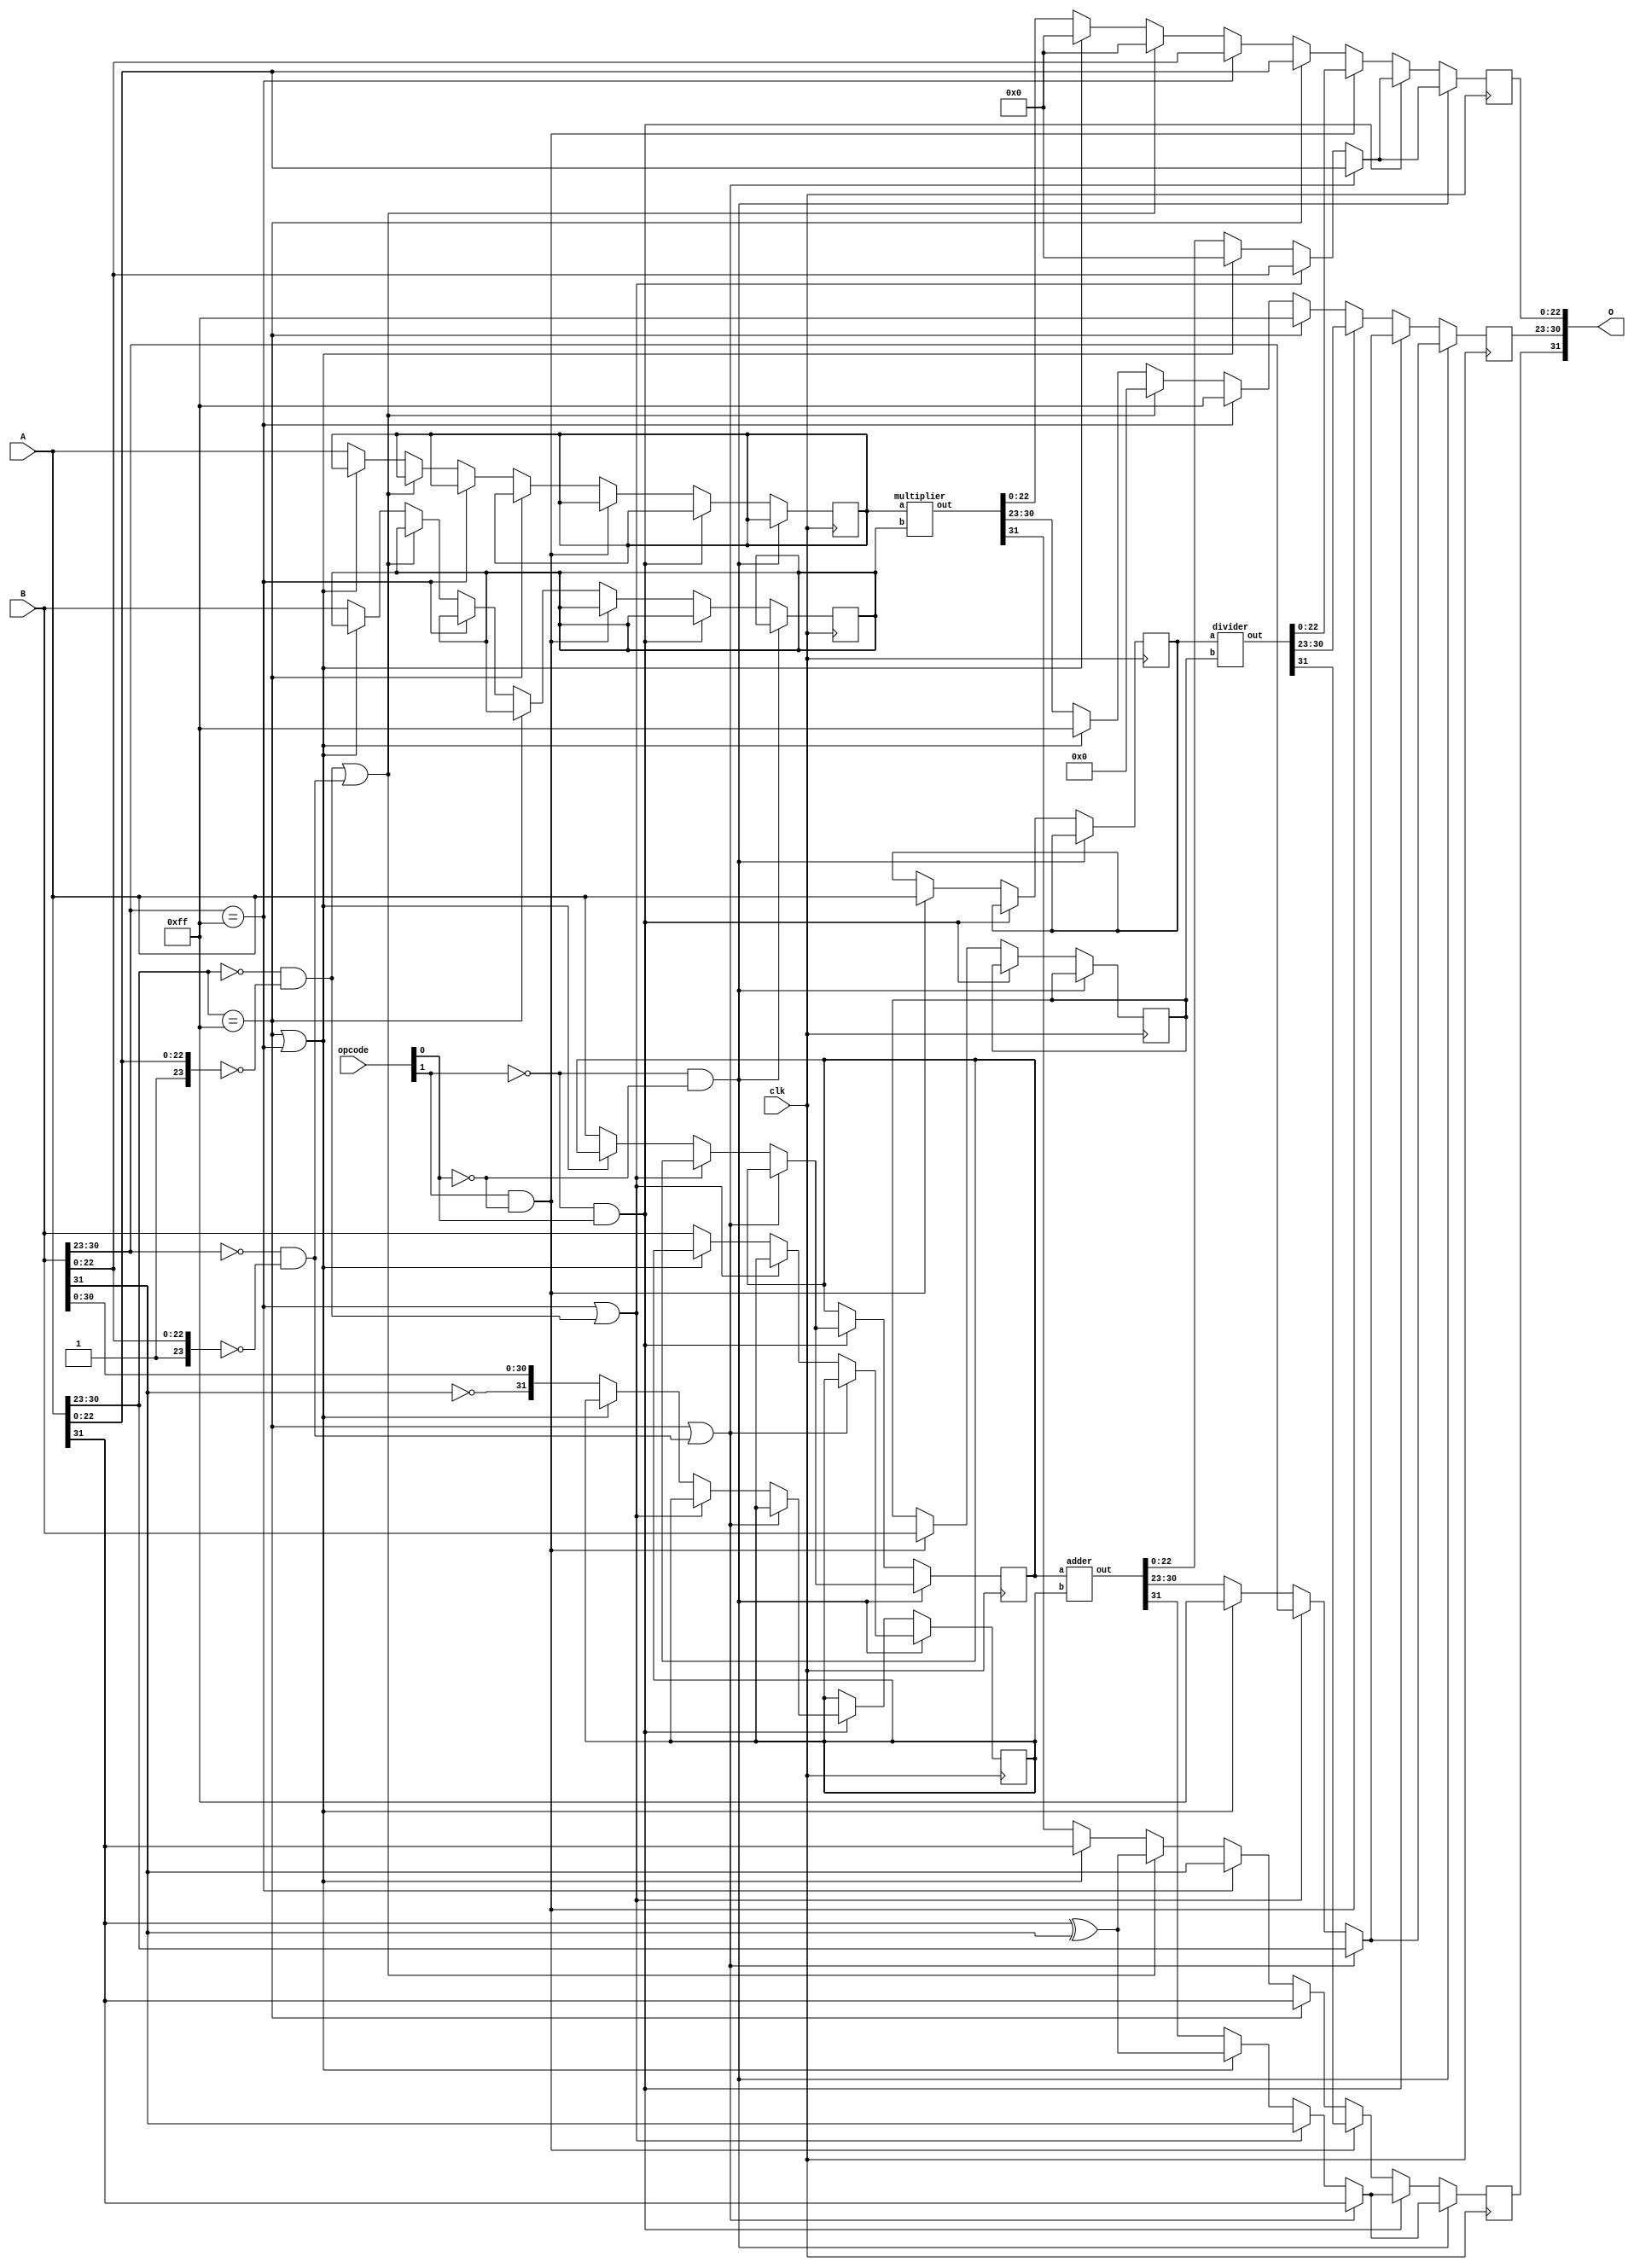
//IEEE 754 Single Precision ALU
module fpu(clk, A, B, opcode, O);
	input clk;
	input [31:0] A, B;
	input [1:0] opcode;
	output [31:0] O;

	wire [31:0] O;
	wire [7:0] a_exponent;
	wire [23:0] a_mantissa;
	wire [7:0] b_exponent;
	wire [23:0] b_mantissa;

	reg        o_sign;
	reg [7:0]  o_exponent;
	reg [24:0] o_mantissa;


	reg [31:0] adder_a_in;
	reg [31:0] adder_b_in;
	wire [31:0] adder_out;

	reg [31:0] multiplier_a_in;
	reg [31:0] multiplier_b_in;
	wire [31:0] multiplier_out;

	reg [31:0] divider_a_in;
	reg [31:0] divider_b_in;
	wire [31:0] divider_out;

	assign O[31] = o_sign;
	assign O[30:23] = o_exponent;
	assign O[22:0] = o_mantissa[22:0];

	assign a_sign = A[31];
	assign a_exponent[7:0] = A[30:23];
	assign a_mantissa[23:0] = {1'b1, A[22:0]};

	assign b_sign = B[31];
	assign b_exponent[7:0] = B[30:23];
	assign b_mantissa[23:0] = {1'b1, B[22:0]};

	assign ADD = !opcode[1] & !opcode[0];
	assign SUB = !opcode[1] & opcode[0];
	assign DIV = opcode[1] & !opcode[0];
	assign MUL = opcode[1] & opcode[0];

	adder A1
	(
		.a(adder_a_in),
		.b(adder_b_in),
		.out(adder_out)
	);

	multiplier M1
	(
		.a(multiplier_a_in),
		.b(multiplier_b_in),
		.out(multiplier_out)
	);

	divider D1
	(
		.a(divider_a_in),
		.b(divider_b_in),
		.out(divider_out)
	);

	always @ (posedge clk) begin
		if (ADD) begin
			//If a is NaN or b is zero return a
			if ((a_exponent == 255 && a_mantissa != 0) || (b_exponent == 0) && (b_mantissa == 0)) begin
				o_sign = a_sign;
				o_exponent = a_exponent;
				o_mantissa = a_mantissa;
			//If b is NaN or a is zero return b
			end else if ((b_exponent == 255 && b_mantissa != 0) || (a_exponent == 0) && (a_mantissa == 0)) begin
				o_sign = b_sign;
				o_exponent = b_exponent;
				o_mantissa = b_mantissa;
			//if a or b is inf return inf
			end else if ((a_exponent == 255) || (b_exponent == 255)) begin
				o_sign = a_sign ^ b_sign;
				o_exponent = 255;
				o_mantissa = 0;
			end else begin // Passed all corner cases
				adder_a_in = A;
				adder_b_in = B;
				o_sign = adder_out[31];
				o_exponent = adder_out[30:23];
				o_mantissa = adder_out[22:0];
			end
		end else if (SUB) begin
			//If a is NaN or b is zero return a
			if ((a_exponent == 255 && a_mantissa != 0) || (b_exponent == 0) && (b_mantissa == 0)) begin
				o_sign = a_sign;
				o_exponent = a_exponent;
				o_mantissa = a_mantissa;
			//If b is NaN or a is zero return b
			end else if ((b_exponent == 255 && b_mantissa != 0) || (a_exponent == 0) && (a_mantissa == 0)) begin
				o_sign = b_sign;
				o_exponent = b_exponent;
				o_mantissa = b_mantissa;
			//if a or b is inf return inf
			end else if ((a_exponent == 255) || (b_exponent == 255)) begin
				o_sign = a_sign ^ b_sign;
				o_exponent = 255;
				o_mantissa = 0;
			end else begin // Passed all corner cases
				adder_a_in = A;
				adder_b_in = {~B[31], B[30:0]};
				o_sign = adder_out[31];
				o_exponent = adder_out[30:23];
				o_mantissa = adder_out[22:0];
			end
		end else if (DIV) begin
			divider_a_in = A;
			divider_b_in = B;
			o_sign = divider_out[31];
			o_exponent = divider_out[30:23];
			o_mantissa = divider_out[22:0];
		end else begin //Multiplication
			//If a is NaN return NaN
			if (a_exponent == 255 && a_mantissa != 0) begin
				o_sign = a_sign;
				o_exponent = 255;
				o_mantissa = a_mantissa;
			//If b is NaN return NaN
			end else if (b_exponent == 255 && b_mantissa != 0) begin
				o_sign = b_sign;
				o_exponent = 255;
				o_mantissa = b_mantissa;
			//If a or b is 0 return 0
			end else if ((a_exponent == 0) && (a_mantissa == 0) || (b_exponent == 0) && (b_mantissa == 0)) begin
				o_sign = a_sign ^ b_sign;
				o_exponent = 0;
				o_mantissa = 0;
			//if a or b is inf return inf
			end else if ((a_exponent == 255) || (b_exponent == 255)) begin
				o_sign = a_sign;
				o_exponent = 255;
				o_mantissa = 0;
			end else begin // Passed all corner cases
				multiplier_a_in = A;
				multiplier_b_in = B;
				o_sign = multiplier_out[31];
				o_exponent = multiplier_out[30:23];
				o_mantissa = multiplier_out[22:0];
			end
		end
	end
endmodule


module adder(a, b, out);
  input  [31:0] a, b;
  output [31:0] out;

  wire [31:0] out;
	reg a_sign;
	reg [7:0] a_exponent;
	reg [23:0] a_mantissa;
	reg b_sign;
	reg [7:0] b_exponent;
	reg [23:0] b_mantissa;

  reg o_sign;
  reg [7:0] o_exponent;
  reg [24:0] o_mantissa;

  reg [7:0] diff;
  reg [23:0] tmp_mantissa;
  reg [7:0] tmp_exponent;


  reg  [7:0] i_e;
  reg  [24:0] i_m;
  wire [7:0] o_e;
  wire [24:0] o_m;

  addition_normaliser norm1
  (
    .in_e(i_e),
    .in_m(i_m),
    .out_e(o_e),
    .out_m(o_m)
  );

  assign out[31] = o_sign;
  assign out[30:23] = o_exponent;
  assign out[22:0] = o_mantissa[22:0];

  always @ ( * ) begin
		a_sign = a[31];
		if(a[30:23] == 0) begin
			a_exponent = 8'b00000001;
			a_mantissa = {1'b0, a[22:0]};
		end else begin
			a_exponent = a[30:23];
			a_mantissa = {1'b1, a[22:0]};
		end
		b_sign = b[31];
		if(b[30:23] == 0) begin
			b_exponent = 8'b00000001;
			b_mantissa = {1'b0, b[22:0]};
		end else begin
			b_exponent = b[30:23];
			b_mantissa = {1'b1, b[22:0]};
		end
    if (a_exponent == b_exponent) begin // Equal exponents
      o_exponent = a_exponent;
      if (a_sign == b_sign) begin // Equal signs = add
        o_mantissa = a_mantissa + b_mantissa;
        //Signify to shift
        o_mantissa[24] = 1;
        o_sign = a_sign;
      end else begin // Opposite signs = subtract
        if(a_mantissa > b_mantissa) begin
          o_mantissa = a_mantissa - b_mantissa;
          o_sign = a_sign;
        end else begin
          o_mantissa = b_mantissa - a_mantissa;
          o_sign = b_sign;
        end
      end
    end else begin //Unequal exponents
      if (a_exponent > b_exponent) begin // A is bigger
        o_exponent = a_exponent;
        o_sign = a_sign;
				diff = a_exponent - b_exponent;
        tmp_mantissa = b_mantissa >> diff;
        if (a_sign == b_sign)
          o_mantissa = a_mantissa + tmp_mantissa;
        else
          	o_mantissa = a_mantissa - tmp_mantissa;
      end else if (a_exponent < b_exponent) begin // B is bigger
        o_exponent = b_exponent;
        o_sign = b_sign;
        diff = b_exponent - a_exponent;
        tmp_mantissa = a_mantissa >> diff;
        if (a_sign == b_sign) begin
          o_mantissa = b_mantissa + tmp_mantissa;
        end else begin
					o_mantissa = b_mantissa - tmp_mantissa;
        end
      end
    end
    if(o_mantissa[24] == 1) begin
      o_exponent = o_exponent + 1;
      o_mantissa = o_mantissa >> 1;
    end else if((o_mantissa[23] != 1) && (o_exponent != 0)) begin
      i_e = o_exponent;
      i_m = o_mantissa;
      o_exponent = o_e;
      o_mantissa = o_m;
    end
  end
endmodule

module multiplier(a, b, out);
  input  [31:0] a, b;
  output [31:0] out;

  wire [31:0] out;
	reg a_sign;
  reg [7:0] a_exponent;
  reg [23:0] a_mantissa;
	reg b_sign;
  reg [7:0] b_exponent;
  reg [23:0] b_mantissa;

  reg o_sign;
  reg [7:0] o_exponent;
  reg [24:0] o_mantissa;

	reg [47:0] product;

  assign out[31] = o_sign;
  assign out[30:23] = o_exponent;
  assign out[22:0] = o_mantissa[22:0];

	reg  [7:0] i_e;
	reg  [47:0] i_m;
	wire [7:0] o_e;
	wire [47:0] o_m;

	multiplication_normaliser norm1
	(
		.in_e(i_e),
		.in_m(i_m),
		.out_e(o_e),
		.out_m(o_m)
	);


  always @ ( * ) begin
		a_sign = a[31];
		if(a[30:23] == 0) begin
			a_exponent = 8'b00000001;
			a_mantissa = {1'b0, a[22:0]};
		end else begin
			a_exponent = a[30:23];
			a_mantissa = {1'b1, a[22:0]};
		end
		b_sign = b[31];
		if(b[30:23] == 0) begin
			b_exponent = 8'b00000001;
			b_mantissa = {1'b0, b[22:0]};
		end else begin
			b_exponent = b[30:23];
			b_mantissa = {1'b1, b[22:0]};
		end
    o_sign = a_sign ^ b_sign;
    o_exponent = a_exponent + b_exponent - 127;
    product = a_mantissa * b_mantissa;
		// Normalization
    if(product[47] == 1) begin
      o_exponent = o_exponent + 1;
      product = product >> 1;
    end else if((product[46] != 1) && (o_exponent != 0)) begin
      i_e = o_exponent;
      i_m = product;
      o_exponent = o_e;
      product = o_m;
    end
		o_mantissa = product[46:23];
	end
endmodule

module addition_normaliser(in_e, in_m, out_e, out_m);
  input [7:0] in_e;
  input [24:0] in_m;
  output [7:0] out_e;
  output [24:0] out_m;

  wire [7:0] in_e;
  wire [24:0] in_m;
  reg [7:0] out_e;
  reg [24:0] out_m;

  always @ ( * ) begin
		if (in_m[23:3] == 21'b000000000000000000001) begin
			out_e = in_e - 20;
			out_m = in_m << 20;
		end else if (in_m[23:4] == 20'b00000000000000000001) begin
			out_e = in_e - 19;
			out_m = in_m << 19;
		end else if (in_m[23:5] == 19'b0000000000000000001) begin
			out_e = in_e - 18;
			out_m = in_m << 18;
		end else if (in_m[23:6] == 18'b000000000000000001) begin
			out_e = in_e - 17;
			out_m = in_m << 17;
		end else if (in_m[23:7] == 17'b00000000000000001) begin
			out_e = in_e - 16;
			out_m = in_m << 16;
		end else if (in_m[23:8] == 16'b0000000000000001) begin
			out_e = in_e - 15;
			out_m = in_m << 15;
		end else if (in_m[23:9] == 15'b000000000000001) begin
			out_e = in_e - 14;
			out_m = in_m << 14;
		end else if (in_m[23:10] == 14'b00000000000001) begin
			out_e = in_e - 13;
			out_m = in_m << 13;
		end else if (in_m[23:11] == 13'b0000000000001) begin
			out_e = in_e - 12;
			out_m = in_m << 12;
		end else if (in_m[23:12] == 12'b000000000001) begin
			out_e = in_e - 11;
			out_m = in_m << 11;
		end else if (in_m[23:13] == 11'b00000000001) begin
			out_e = in_e - 10;
			out_m = in_m << 10;
		end else if (in_m[23:14] == 10'b0000000001) begin
			out_e = in_e - 9;
			out_m = in_m << 9;
		end else if (in_m[23:15] == 9'b000000001) begin
			out_e = in_e - 8;
			out_m = in_m << 8;
		end else if (in_m[23:16] == 8'b00000001) begin
			out_e = in_e - 7;
			out_m = in_m << 7;
		end else if (in_m[23:17] == 7'b0000001) begin
			out_e = in_e - 6;
			out_m = in_m << 6;
		end else if (in_m[23:18] == 6'b000001) begin
			out_e = in_e - 5;
			out_m = in_m << 5;
		end else if (in_m[23:19] == 5'b00001) begin
			out_e = in_e - 4;
			out_m = in_m << 4;
		end else if (in_m[23:20] == 4'b0001) begin
			out_e = in_e - 3;
			out_m = in_m << 3;
		end else if (in_m[23:21] == 3'b001) begin
			out_e = in_e - 2;
			out_m = in_m << 2;
		end else if (in_m[23:22] == 2'b01) begin
			out_e = in_e - 1;
			out_m = in_m << 1;
		end
  end
endmodule

module multiplication_normaliser(in_e, in_m, out_e, out_m);
  input [7:0] in_e;
  input [47:0] in_m;
  output [7:0] out_e;
  output [47:0] out_m;

  wire [7:0] in_e;
  wire [47:0] in_m;
  reg [7:0] out_e;
  reg [47:0] out_m;

  always @ ( * ) begin
	  if (in_m[46:41] == 6'b000001) begin
			out_e = in_e - 5;
			out_m = in_m << 5;
		end else if (in_m[46:42] == 5'b00001) begin
			out_e = in_e - 4;
			out_m = in_m << 4;
		end else if (in_m[46:43] == 4'b0001) begin
			out_e = in_e - 3;
			out_m = in_m << 3;
		end else if (in_m[46:44] == 3'b001) begin
			out_e = in_e - 2;
			out_m = in_m << 2;
		end else if (in_m[46:45] == 2'b01) begin
			out_e = in_e - 1;
			out_m = in_m << 1;
		end
  end
endmodule

module divider (a, b, out);
	input [31:0] a;
	input [31:0] b;
	output [31:0] out;

	wire [31:0] b_reciprocal;

	reciprocal recip
	(
		.in(b),
		.out(b_reciprocal)
	);

	multiplier mult
	(
		.a(a),
		.b(b_reciprocal),
		.out(out)
	);

endmodule

module reciprocal (in, out);
	input [31:0] in;

	output [31:0] out;

	wire [31:0] D;
	wire [31:0] N0;
	wire [31:0] N1;
	wire [31:0] N2;

	assign out[31] = in[31];
	assign out[22:0] = N2[22:0];
	assign out[30:23] = (D==9'b100000000)? 9'h102 - in[30:23] : 9'h101 - in[30:23];

	assign D = {1'b0, 8'h80, in[22:0]};

	wire [31:0] C1; //C1 = 48/17
	assign C1 = 32'h4034B4B5;
	wire [31:0] C2; //C2 = 32/17
	assign C2 = 32'h3FF0F0F1;
	wire [31:0] C3; //C3 = 2.0
	assign C3 = 32'h40000000;


	//Temporary connection wires
	wire [31:0] S0_2D_out;
	wire [31:0] S1_DN0_out;
	wire [31:0] S1_2min_DN0_out;
	wire [31:0] S2_DN1_out;
	wire [31:0] S2_2minDN1_out;

	wire [31:0] S0_N0_in;

	assign S0_N0_in = {~S0_2D_out[31], S0_2D_out[30:0]};

	//S0
	multiplier S0_2D
	(
		.a(C2),
		.b(D),
		.out(S0_2D_out)
	);

	adder S0_N0
	(
		.a(C1),
		.b(S0_N0_in),
		.out(N0)
	);

	//S1
	multiplier S1_DN0
	(
		.a(D),
		.b(N0),
		.out(S1_DN0_out)
	);

	adder S1_2minDN0
	(
		.a(C3),
		.b({~S1_DN0_out[31], S1_DN0_out[30:0]}),
		.out(S1_2min_DN0_out)
	);

	multiplier S1_N1
	(
		.a(N0),
		.b(S1_2min_DN0_out),
		.out(N1)
	);

	//S2
	multiplier S2_DN1
	(
		.a(D),
		.b(N1),
		.out(S2_DN1_out)
	);

	adder S2_2minDN1
	(
		.a(C3),
		.b({~S2_DN1_out[31], S2_DN1_out[30:0]}),
		.out(S2_2minDN1_out)
	);

	multiplier S2_N2
	(
		.a(N1),
		.b(S2_2minDN1_out),
		.out(N2)
	);

endmodule